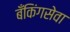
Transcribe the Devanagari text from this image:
बँकिंगसेवा